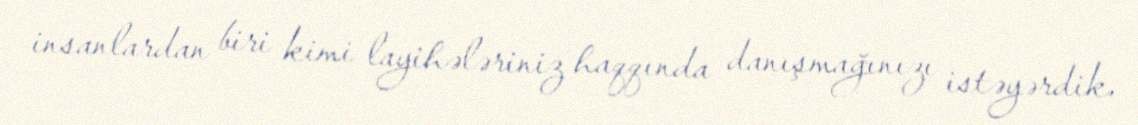
insanlardan biri kimi layihələriniz haqqında danışmağınızı istəyərdik.